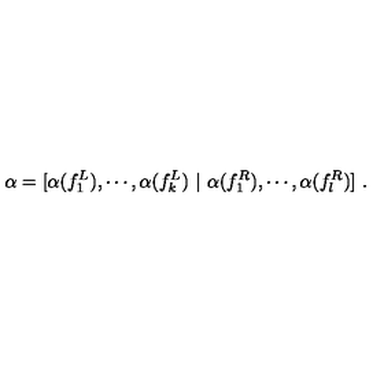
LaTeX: \alpha = [ \alpha ( f _ { 1 } ^ { L } ) , \cdots , \alpha ( f _ { k } ^ { L } ) \ | \ \alpha ( f _ { 1 } ^ { R } ) , \cdots , \alpha ( f _ { l } ^ { R } ) ] \ .